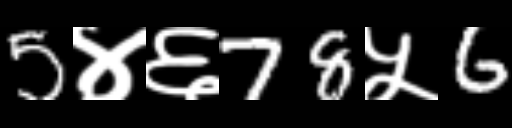
Text: 5४६78५6